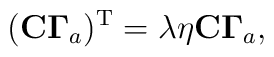
({\bf C\Gamma }_{a})^{\rm{T}}=\lambda \eta {\bf C\Gamma }_{a},